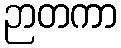
ဉာတကာ